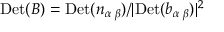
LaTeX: \mathrm { D e t } ( { \cal B } ) = \mathrm { D e t } ( n _ { \alpha \; \beta } ) / | \mathrm { D e t } ( b _ { \alpha \; \beta } ) | ^ { 2 }